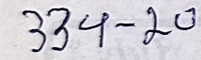
334 - 20